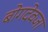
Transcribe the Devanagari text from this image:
बोगदेवजा